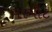
પરમીટ